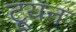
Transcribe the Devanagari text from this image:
टूयन